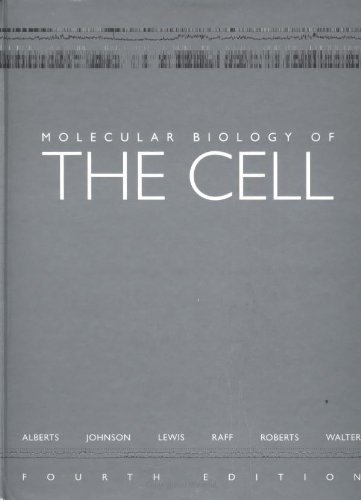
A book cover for Molecular Biology of the Cell, Fourth Edition; Bruce Alberts; Medical Books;